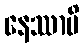
နေဿာမိ